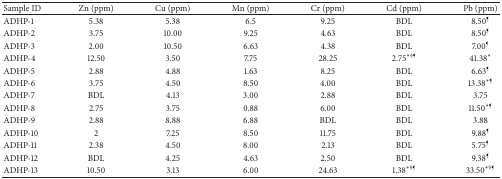
<table><thead><tr><td><b>Sample ID</b></td><td><b>Zn (ppm)</b></td><td><b>Cu (ppm)</b></td><td><b>Mn (ppm)</b></td><td><b>Cr (ppm)</b></td><td><b>Cd (ppm)</b></td><td><b>Pb (ppm)</b></td></tr></thead><tbody><tr><td>ADHP-1</td><td>5.38</td><td>5.38</td><td>6.5</td><td>9.25</td><td>BDL</td><td>8.50<sup>¶</sup></td></tr><tr><td>ADHP-2</td><td>3.75</td><td>10.00</td><td>9.25</td><td>4.63</td><td>BDL</td><td>8.50<sup>¶</sup></td></tr><tr><td>ADHP-3</td><td>2.00</td><td>10.50</td><td>6.63</td><td>4.38</td><td>BDL</td><td>7.00<sup>¶</sup></td></tr><tr><td>ADHP-4</td><td>12.50</td><td>3.50</td><td>7.75</td><td>28.25</td><td>2.75<sup><i>∗</i>§¶</sup></td><td>41.38<sup><i>∗</i></sup></td></tr><tr><td>ADHP-5</td><td>2.88</td><td>4.88</td><td>1.63</td><td>8.25</td><td>BDL</td><td>6.63<sup>¶</sup></td></tr><tr><td>ADHP-6</td><td>3.75</td><td>4.50</td><td>8.50</td><td>4.00</td><td>BDL</td><td>13.38<sup><i>∗</i>¶</sup></td></tr><tr><td>ADHP-7</td><td>BDL</td><td>4.13</td><td>3.00</td><td>2.88</td><td>BDL</td><td>3.75</td></tr><tr><td>ADHP-8</td><td>2.75</td><td>3.75</td><td>0.88</td><td>6.00</td><td>BDL</td><td>11.50<sup><i>∗</i>¶</sup></td></tr><tr><td>ADHP-9</td><td>2.88</td><td>8.88</td><td>6.88</td><td>BDL</td><td>BDL</td><td>3.88</td></tr><tr><td>ADHP-10</td><td>2</td><td>7.25</td><td>8.50</td><td>11.75</td><td>BDL</td><td>9.88<sup>¶</sup></td></tr><tr><td>ADHP-11</td><td>2.38</td><td>4.50</td><td>8.00</td><td>2.13</td><td>BDL</td><td>5.75<sup>¶</sup></td></tr><tr><td>ADHP-12</td><td>BDL</td><td>4.25</td><td>4.63</td><td>2.50</td><td>BDL</td><td>9.38<sup>¶</sup></td></tr><tr><td>ADHP-13</td><td>10.50</td><td>3.13</td><td>6.00</td><td>24.63</td><td>1.38<sup><i>∗</i>§¶</sup></td><td>33.50<sup><i>∗</i>§¶</sup></td></tr></tbody></table>